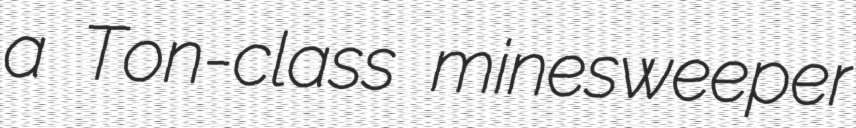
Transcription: a Ton-class minesweeper